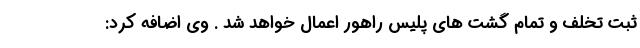
ثبت تخلف و تمام گشت های پلیس راهور اعمال خواهد شد . وی اضافه کرد: